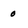
Character: 0